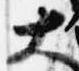
大